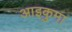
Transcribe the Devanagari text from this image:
आइकुमा